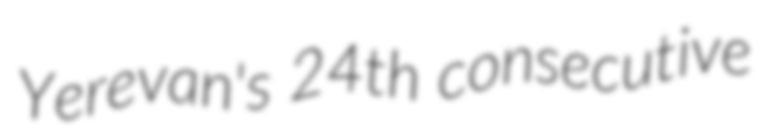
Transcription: Yerevan's 24th consecutive